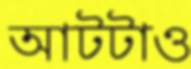
আটটাও